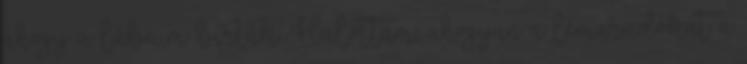
ahogy a lábaim bírták. Halottam, ahogyan a lemaradókat a